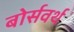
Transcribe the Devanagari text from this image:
बोर्सवर्थ